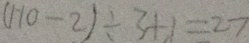
( 1 1 0 - 2 ) \div 3 + 1 = 2 7